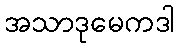
အသာဒုမေကဒါ